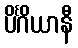
ပိင်္ဂိယာနီ